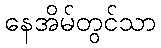
နေအိမ်တွင်သာ